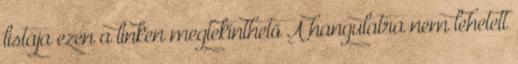
listája ezen a linken megtekinthető A hangulatra nem lehetett